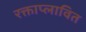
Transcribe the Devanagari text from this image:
रक्ताप्लावित